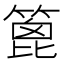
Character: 篦